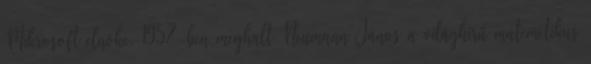
Mikrosoft elnöke. 1957-ben meghalt Neumann János a világhírű matemetikus